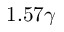
1 . 5 7 \gamma